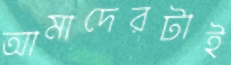
আমাদেরটাই